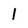
Character: 1